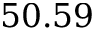
5 0 . 5 9